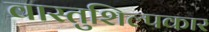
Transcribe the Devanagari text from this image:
वास्तुशिल्पकार